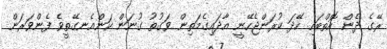
ރޭގެ ދެން އޮތްބައި ހޭދަ ކުރަންޖެހޭނީ އާދައިގެމަތިން ވަގުތު ގުނަން ކަންއެނގޭތީވެ ފެންވަރަން